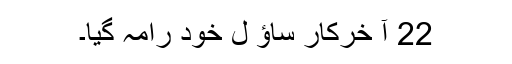
22 آ خرکار ساؤ ل خود رامہ گیا۔